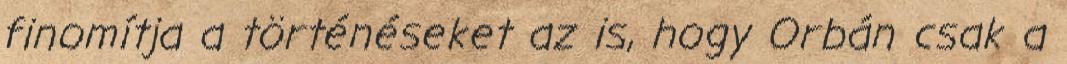
finomítja a történéseket az is, hogy Orbán csak a